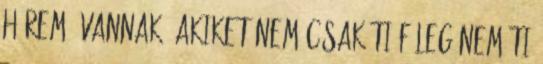
hírem. vannak, akiket nem csak ti főleg nem ti